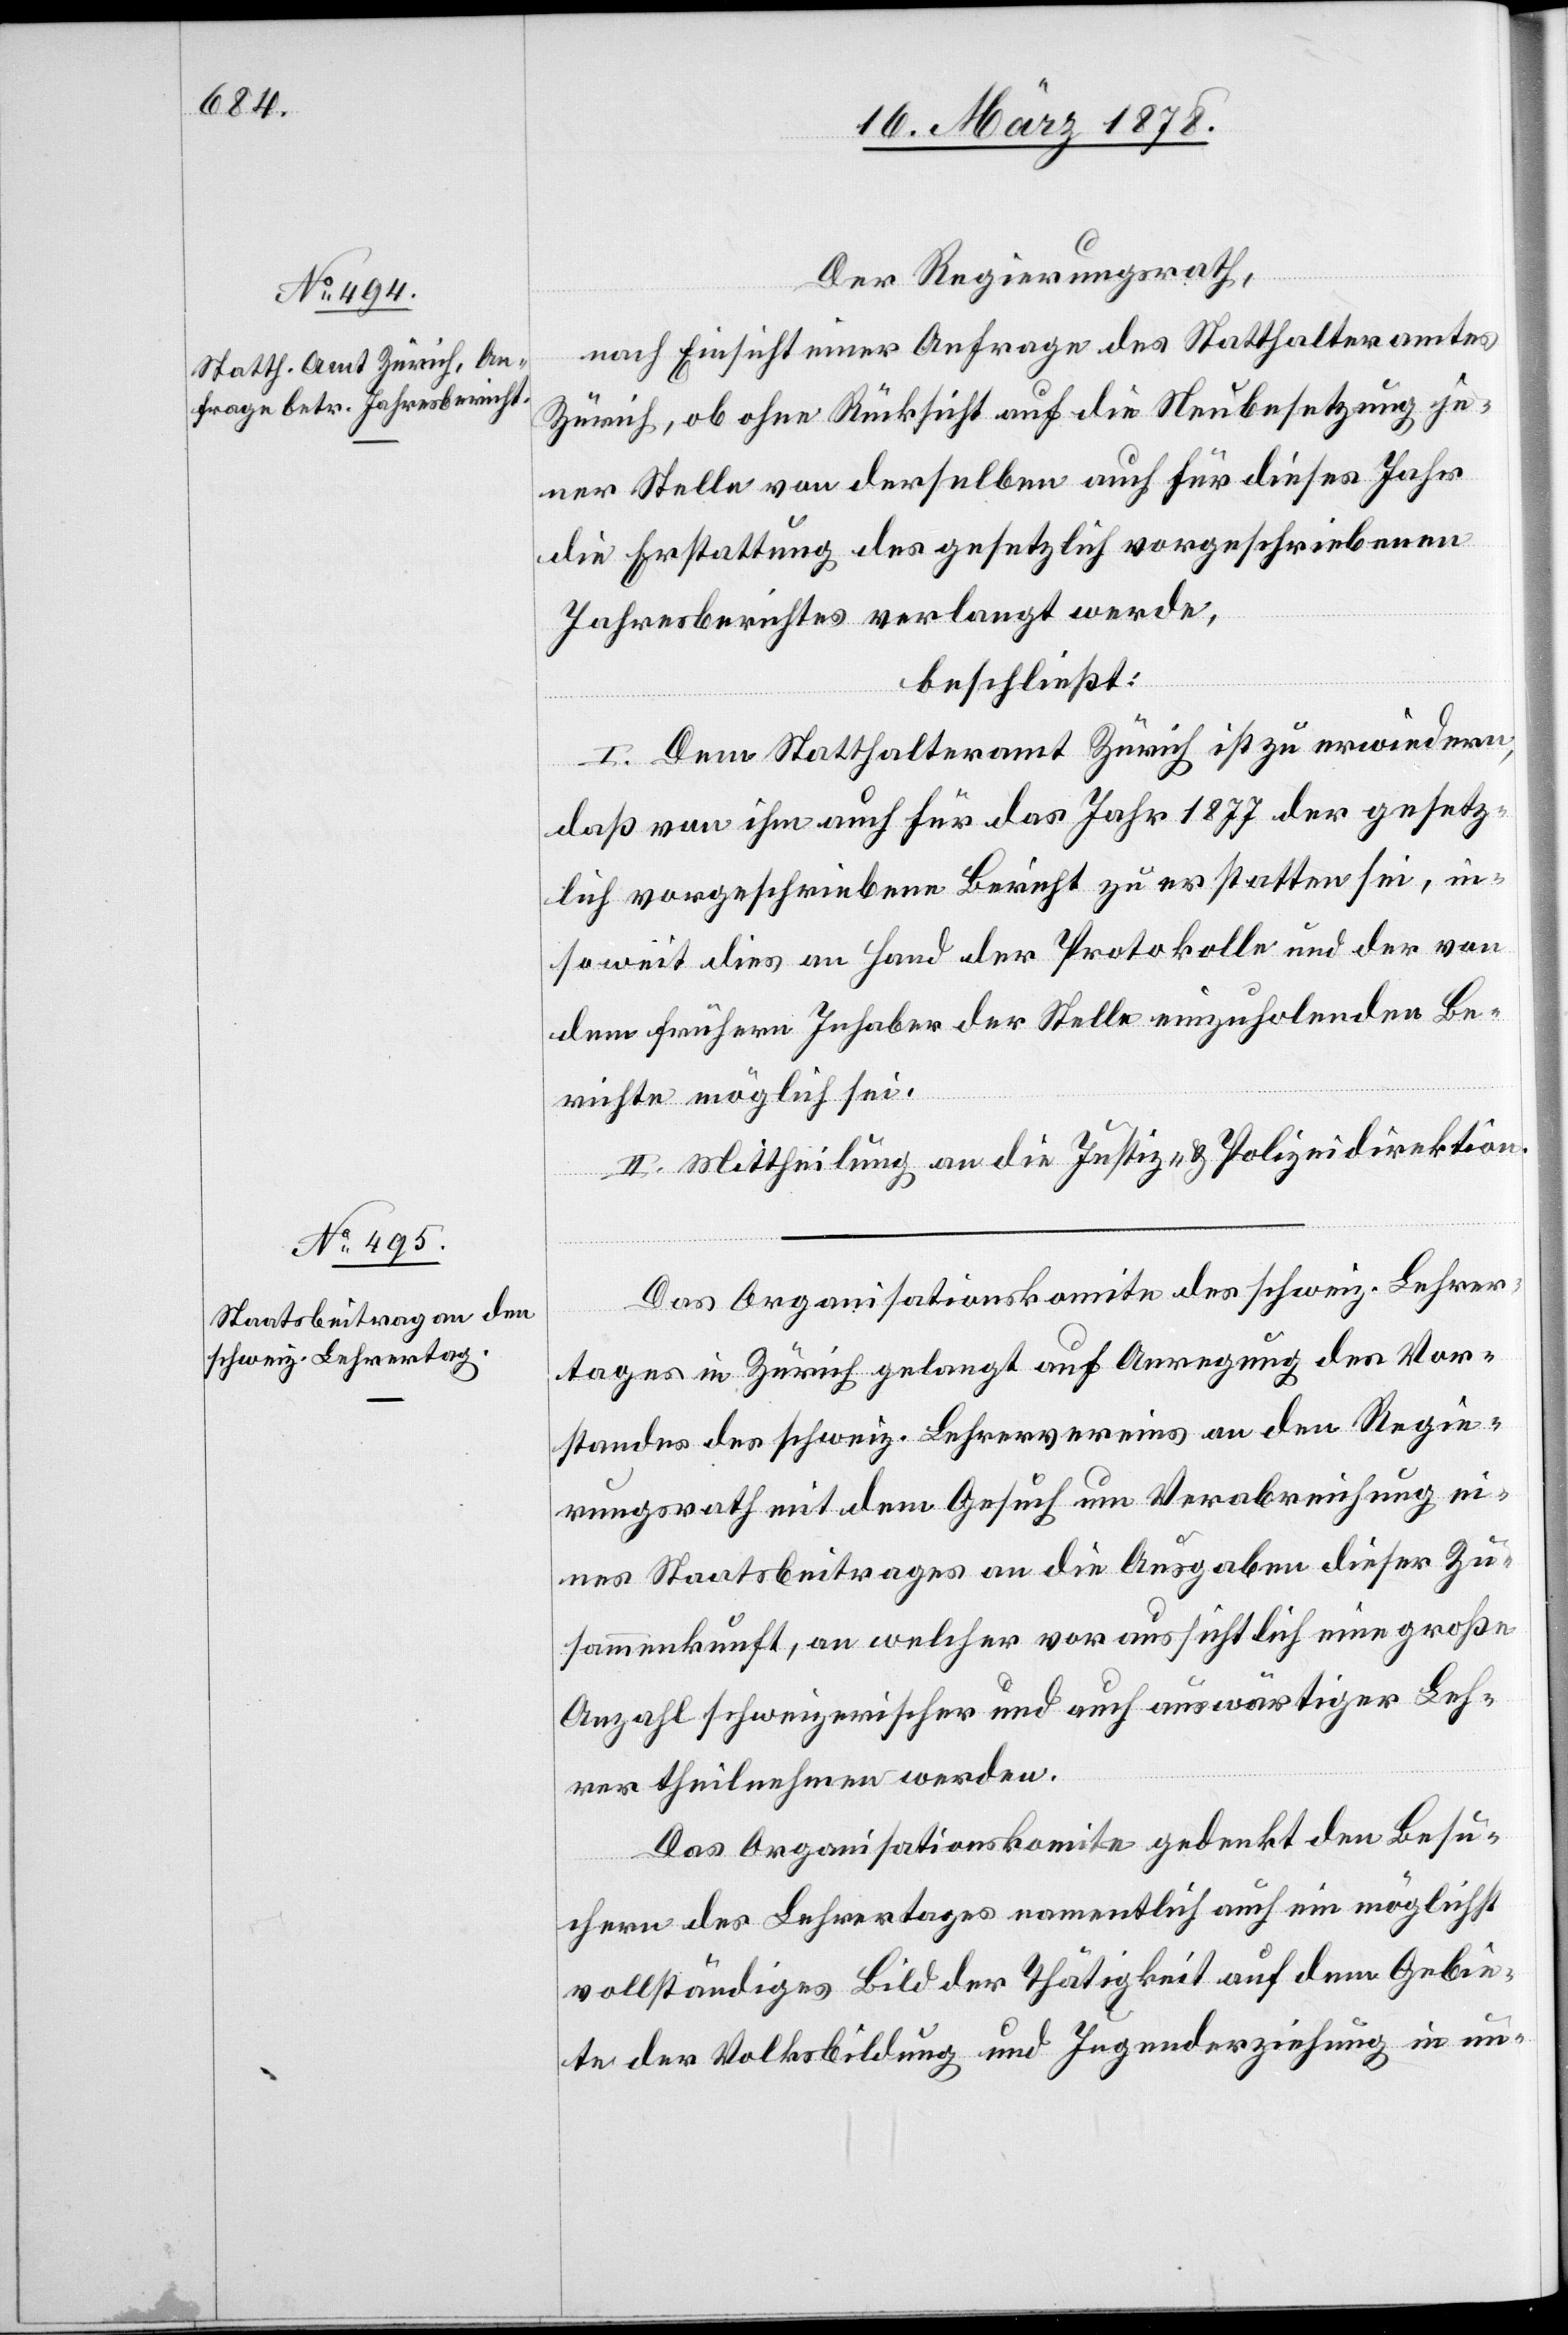
Der Regierungsrath,
nach Einsicht einer Anfrage des Statthalteramtes
Zürich, ob ohne Rücksicht auf die Neubesetzung je¬
ner Stelle von derselben auch für dieses Jahr
die Erstattung des gesetzlich vorgeschriebenen
Jahresberichtes verlangt werde,
beschließt:
I. Dem Statthalteramt Zürich ist zu erwiedern,
daß von ihm auch für das Jahr 1877 der gesetz¬
lich vorgeschriebene Bericht zu erstatten sei, in¬
soweit dies an Hand der Protokolle und der von
dem frühern Inhaber der Stelle einzuholenden Be¬
richte möglich sei.
II. Mittheilung an die Justiz- & Polizeidirektion.
Das Organisationskomite des schweiz. Lehrer¬
tages in Zürich gelangt auf Anregung des Vor¬
standes des schweiz. Lehrervereins an den Regie¬
rungsrath mit dem Gesuch um Verabreichung ei¬
nes Staatsbeitrages an die Ausgaben dieser Zu¬
sammenkunft, an welcher voraussichtlich eine große
Anzahl schweizerischer und auch auswärtiger Leh¬
rer theilnehmen werden.
Das Organisationskomite gedenkt den Besu¬
chern des Lehrertages namentlich auch ein möglichst
vollständiges Bild der Thätigkeit auf dem Gebie¬
te der Volksbildung und Jugenderziehung in un-